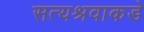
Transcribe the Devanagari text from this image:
सत्यश्रवाकडे